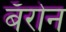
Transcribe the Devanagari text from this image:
बॅरोन